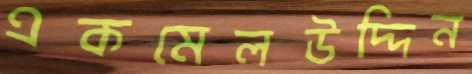
একমেলউদ্দিন